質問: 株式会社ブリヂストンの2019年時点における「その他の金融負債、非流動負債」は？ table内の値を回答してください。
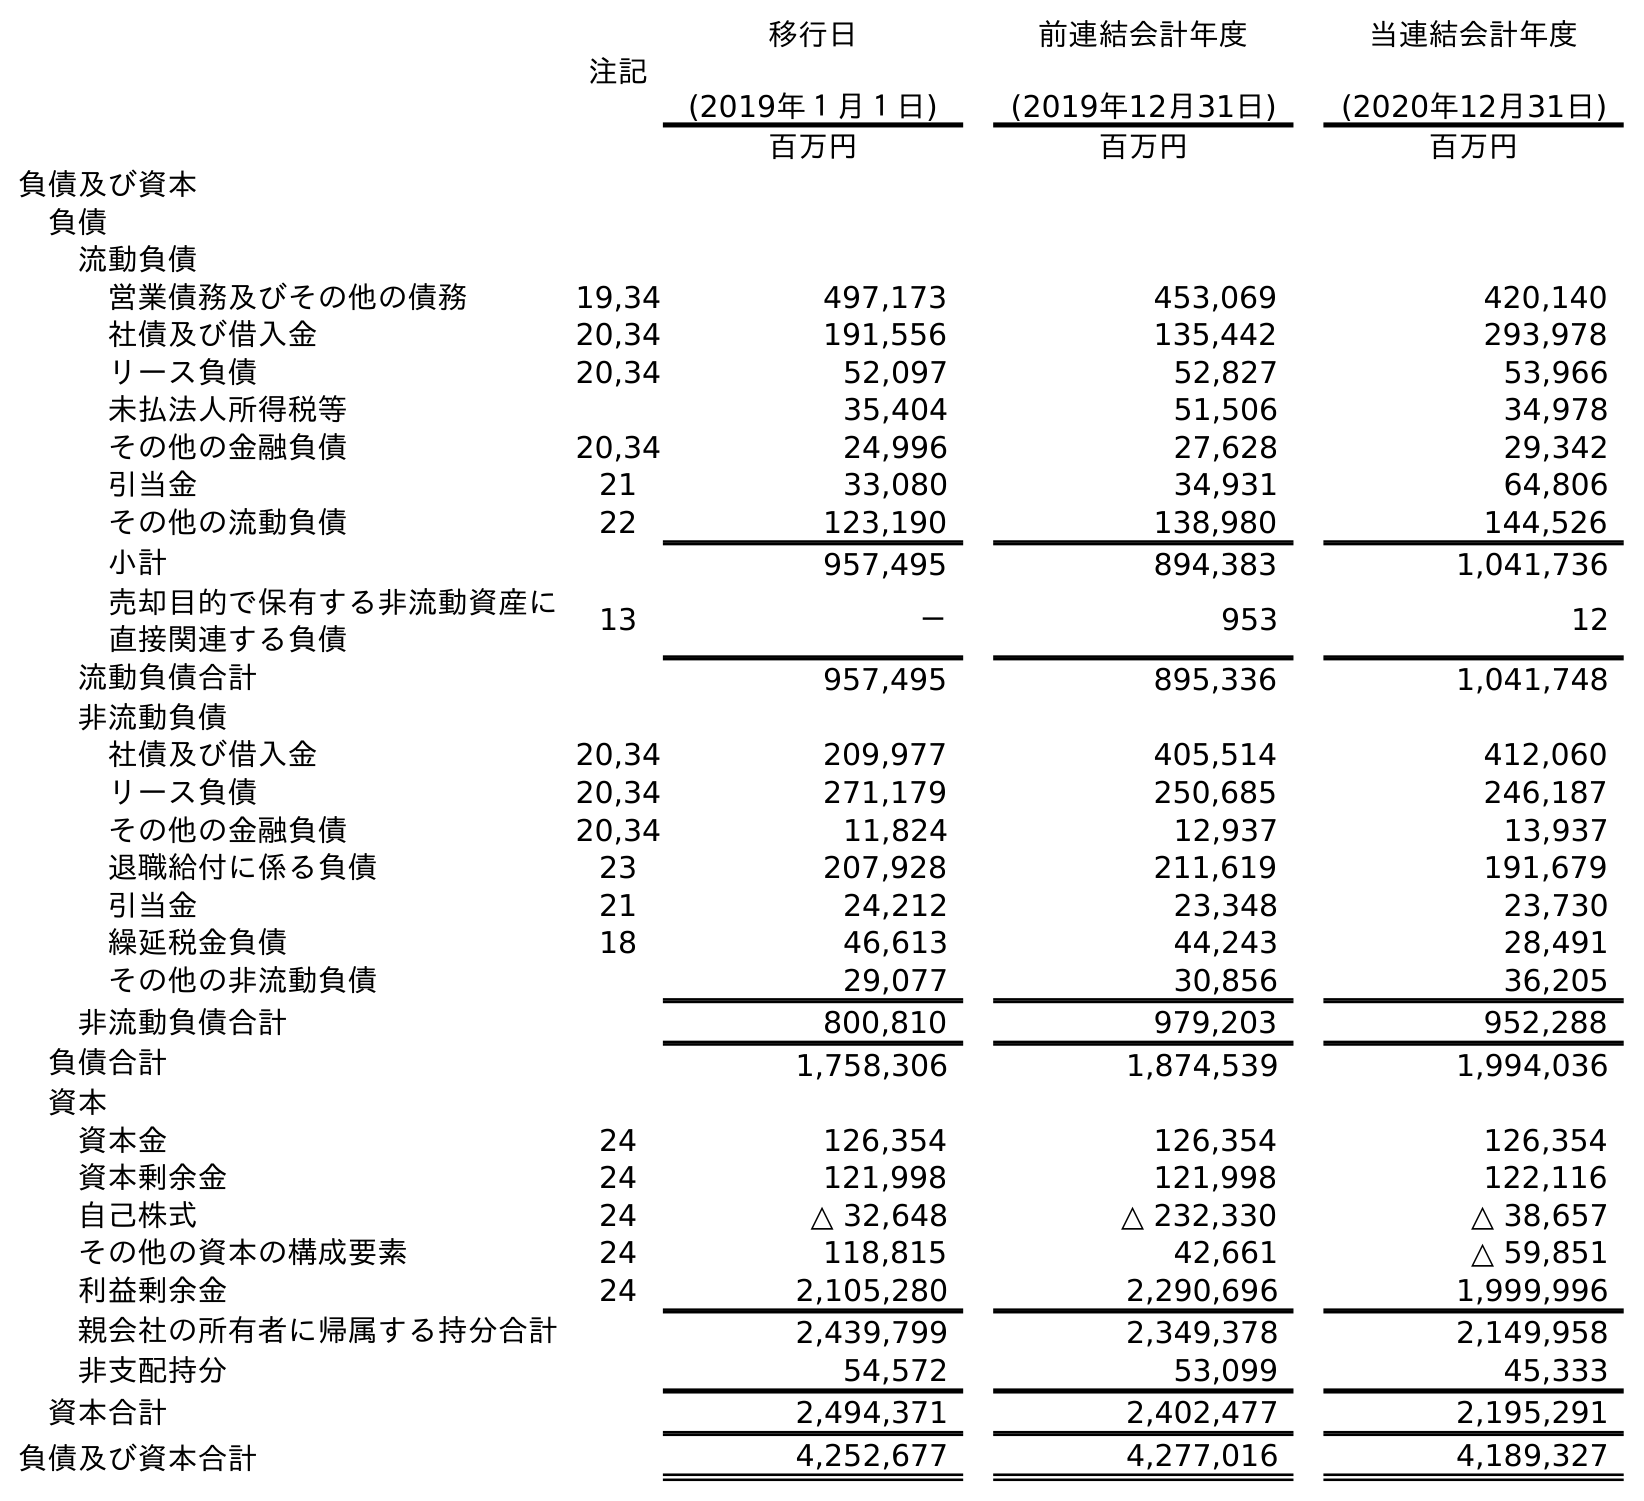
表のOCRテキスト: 注記 移行日 (2019年１月１日) 前連結会計年度 (2019年12月31日) 当連結会計年度 (2020年12月31日) 百万円 百万円 百万円 負債及び資本 負債 流動負債 営業債務及びその他の債務 19,34 497,173 453,069 420,140 社債及び借入金 20,34 191,556 135,442 293,978 リース負債 20,34 52,097 52,827 53,966 未払法人所得税等 35,404 51,506 34,978 その他の金融負債 20,34 24,996 27,628 29,342 引当金 21 33,080 34,931 64,806 その他の流動負債 22 123,190 138,980 144,526 小計 957,495 894,383 1,041,736 売却目的で保有する非流動資産に 直接関連する負債 13 － 953 12 流動負債合計 957,495 895,336 1,041,748 非流動負債 社債及び借入金 20,34 209,977 405,514 412,060 リース負債 20,34 271,179 250,685 246,187 その他の金融負債 20,34 11,824 12,937 13,937 退職給付に係る負債 23 207,928 211,619 191,679 引当金 21 24,212 23,348 23,730 繰延税金負債 18 46,613 44,243 28,491 その他の非流動負債 29,077 30,856 36,205 非流動負債合計 800,810 979,203 952,288 負債合計 1,758,306 1,874,539 1,994,036 資本 資本金 24 126,354 126,354 126,354 資本剰余金 24 121,998 121,998 122,116 自己株式 24 △ 32,648 △ 232,330 △ 38,657 その他の資本の構成要素 24 118,815 42,661 △ 59,851 利益剰余金 24 2,105,280 2,290,696 1,999,996 親会社の所有者に帰属する持分合計 2,439,799 2,349,378 2,149,958 非支配持分 54,572 53,099 45,333 資本合計 2,494,371 2,402,477 2,195,291 負債及び資本合計 4,252,677 4,277,016 4,189,327
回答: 12,937